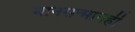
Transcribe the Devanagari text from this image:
मानसन्मानही